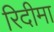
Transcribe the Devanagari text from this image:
रिदीमा